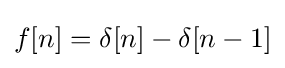
f[n]=\delta [n]-\delta [n-1]